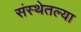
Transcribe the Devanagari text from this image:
संस्थेतल्या